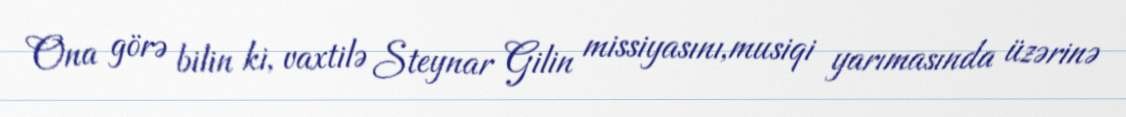
Ona görə bilin ki, vaxtilə Steynar Gilin missiyasını,musiqi yarımasında üzərinə